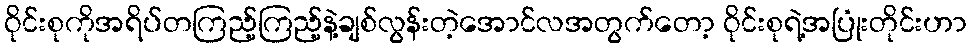
ဝိုင်းစုကိုအရိပ်တကြည့်ကြည့်နဲ့ချစ်လွန်းတဲ့အောင်လအတွက်တော့ ဝိုင်းစုရဲ့အပြုံးတိုင်းဟာ